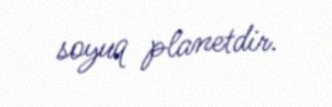
soyuq planetdir.